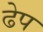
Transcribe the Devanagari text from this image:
ढेप